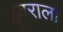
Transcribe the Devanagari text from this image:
हूवराला